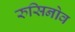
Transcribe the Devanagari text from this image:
रुसिनोव